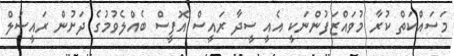
މަސައްކަތް ކުރާ މުވައްޒަފުންނަކީ އެއީ ސީދާ ރައީސް އޮފީސް ބެއްލެވުމުގެ ދަށުން ރައީސުލް